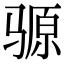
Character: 𫘪